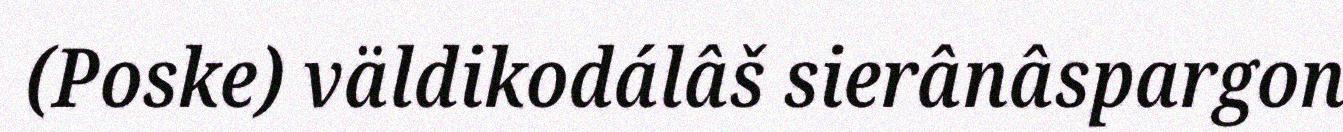
(Poske) väldikodálâš sierânâspargon